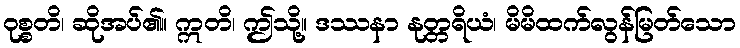
ဝုစ္စတိ၊ ဆိုအပ်၏။ ဣတိ၊ ဤသို့။ ဒဿနာ နုတ္တရိယံ၊ မိမိထက်လွန်မြတ်သော